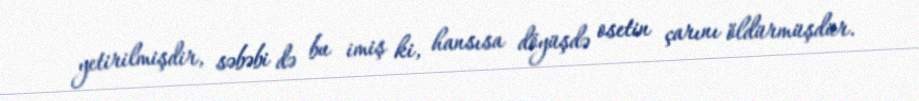
yetirilmişdir, səbəbi də bu imiş ki, hansısa döyüşdə osetin çarını öldürmüşdür.